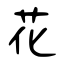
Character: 花